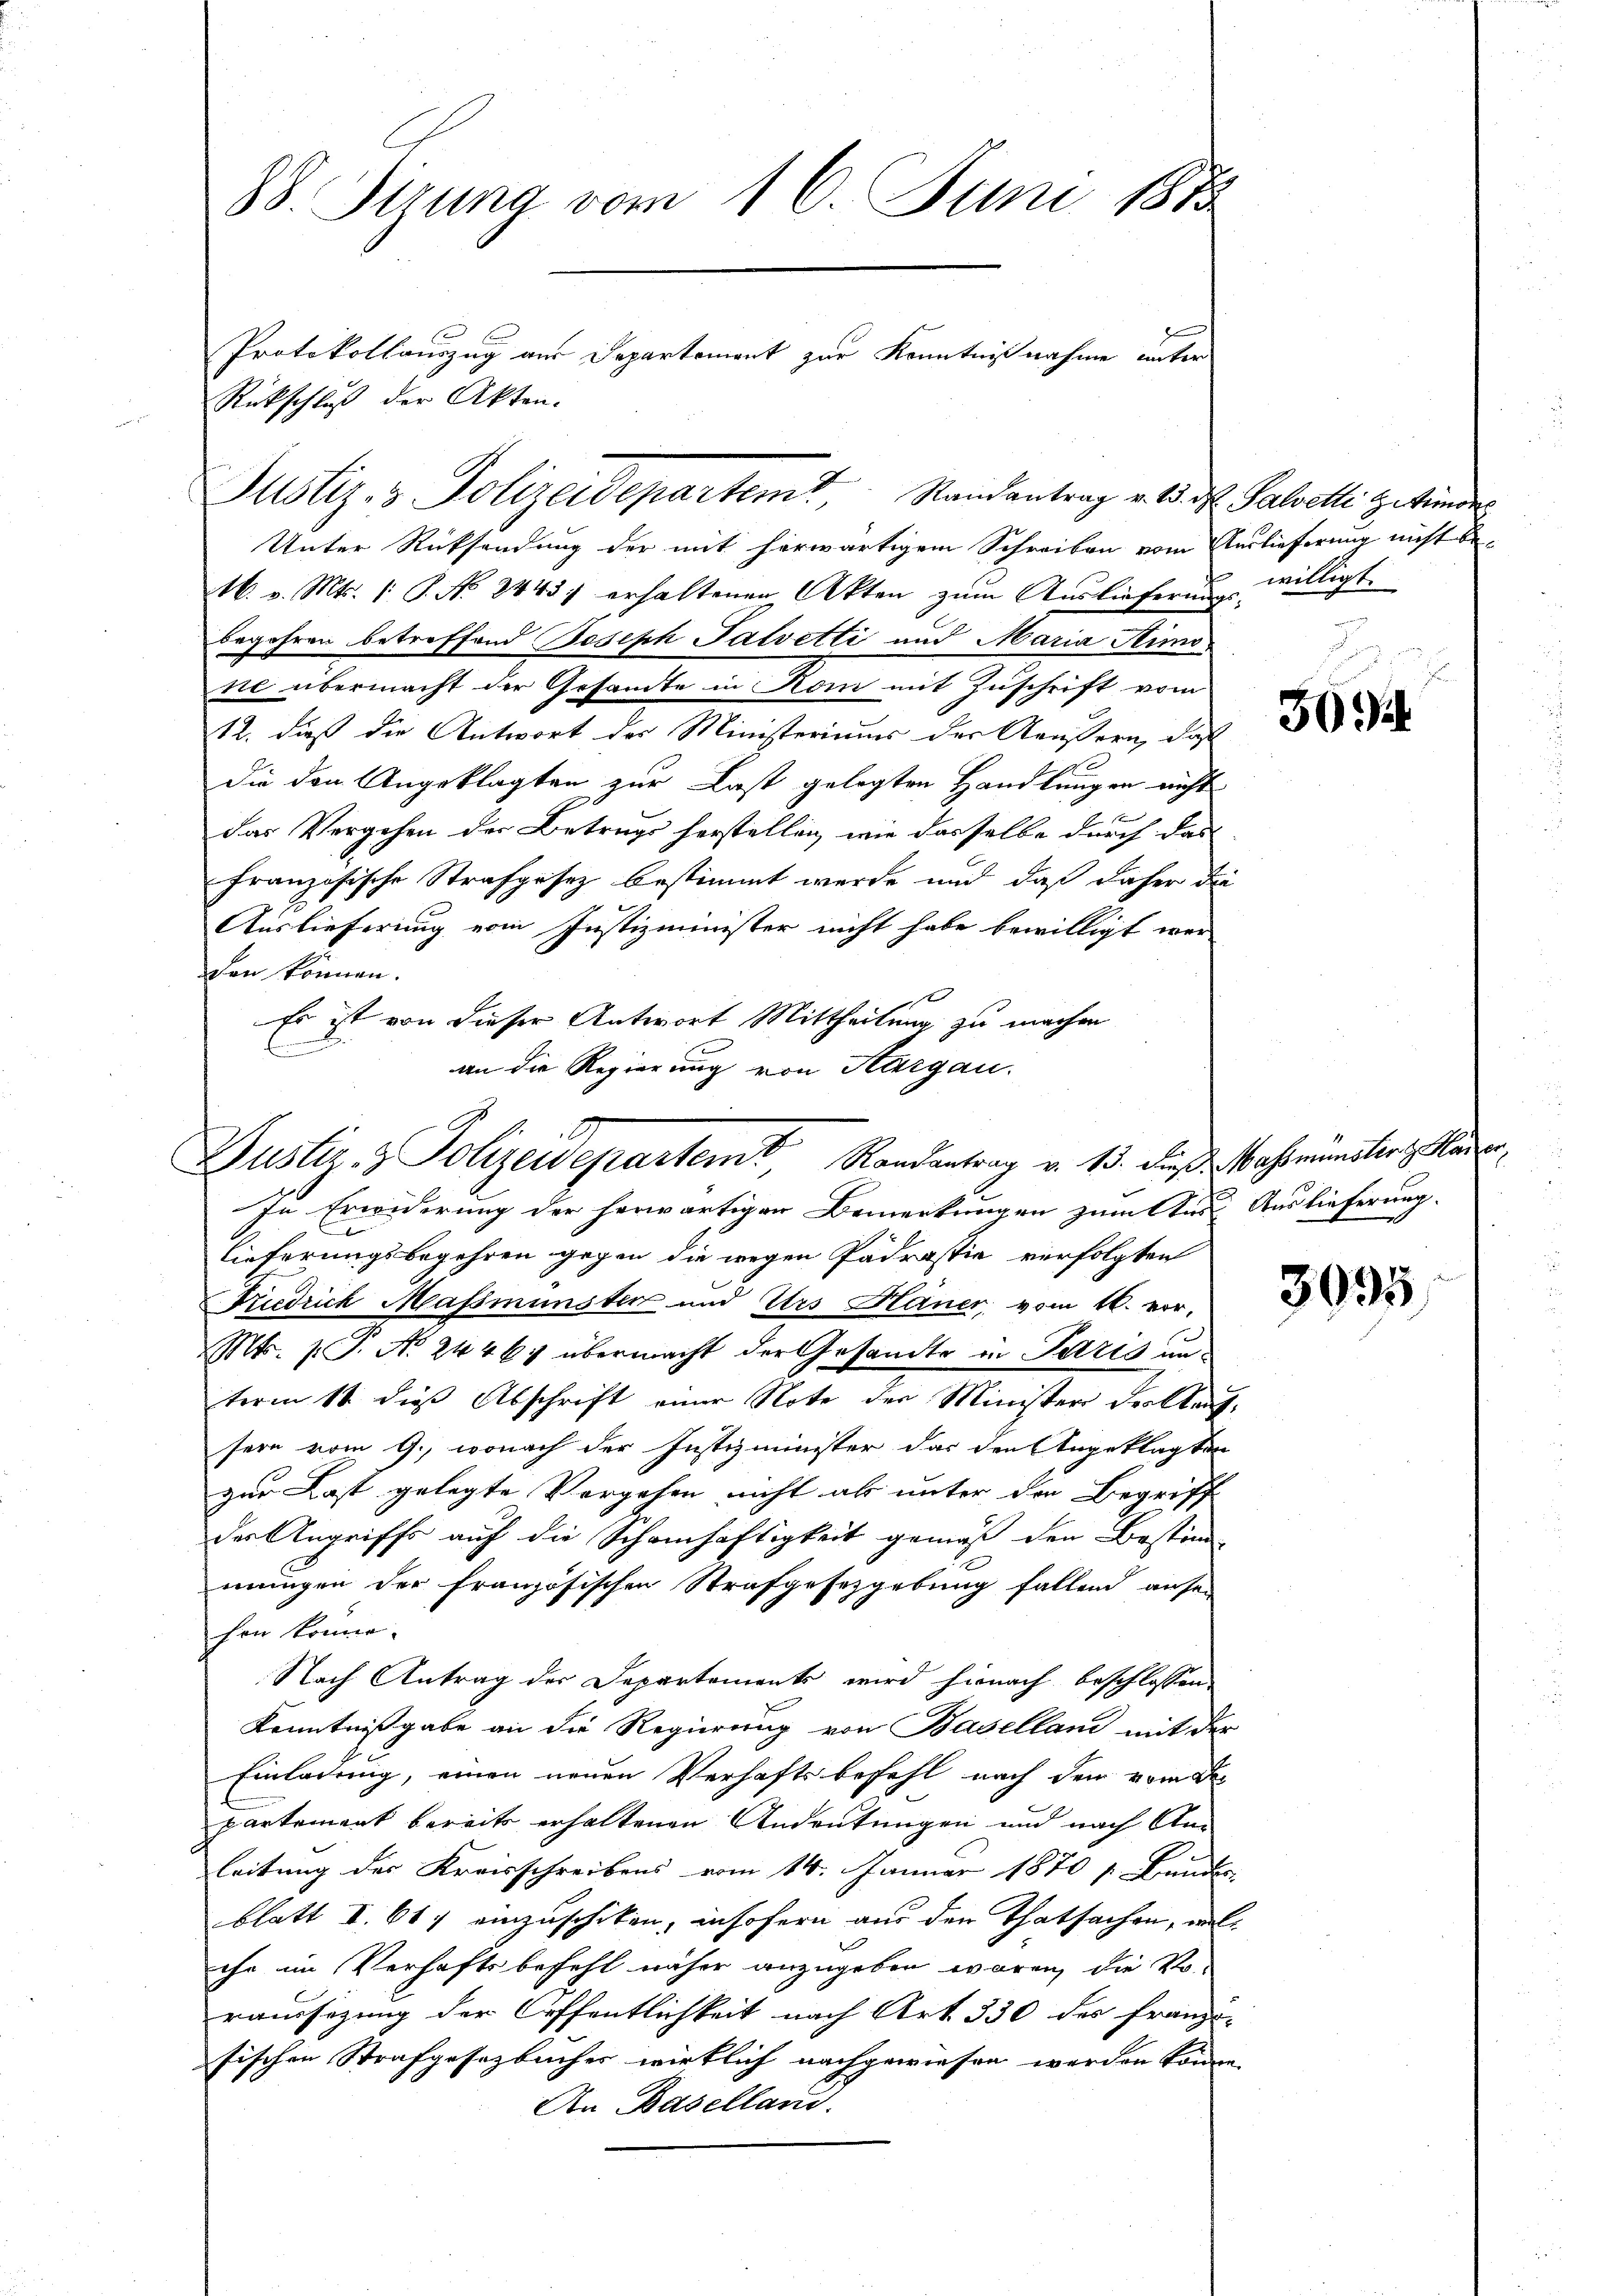
88. Sirung vom 16. Juni 181.
Protokollauszug aus Departement zur Kenntnißnahme unter
Rückschluß der Akten.

Unter Rücksendung der mit herwärtigem Schreiben vom Auslieferung nicht be-
16. v. Mts. 1. P. No. 2443 erhaltenen Akten zŭm Aŭslieferŭng willigt.
begehren betreffend Boseph Palvetti und Maria Stundnie übermacht der Gesamte in Kom mit Zuschrift vom
12. dieß die Antwort der Ministeriums der Aeußern, daß
die den Angeklagten zur Last gelegten Handlungen nicht
f
das Vergehen der Betrugs herstellen, wie dasselbe durch das
französische Strafgesetz bestimmt werde und daß daher da
Auslieferung vom Justizminister nicht habe bewilligt wer
den können.
t
Es ist von dieser Antwort Mittheilung zu machen
n
an die Regierung von Aargau.

Justiz- & Polizeidepartem Randantrag v. 1. d. Salvolli gekünde

Justiz- & Polizeidepartem Randantrag v. 15. Fuß. Nahmenster glau

In Erwiderung der herwärtigen Bemerkungen zum Aus Auslieferung.
lieferungsbegehren gegen die wegen Pädrastia verfolgten
Friedrich Massmünster und Urs Hauer, vom 16. vor-
Mts. p. T. N. 2446; übermacht der Gesandte in Paris unterm 11 dieß Abschrift einer Note der Minister der Kaufsern vom 9., wonach der Justizminister das den Angeklagten
zur Last gelegte Vorgehen nicht als unter den Begriff
des Angriffs auf die Schamhaftigkeit gemäß den Bestim
mungen der französischen Strafgesetzgebung fallend ansen
hen könne.
Nach Antrag der Departements wird hienach beschlossen
Kenntnißgabe an die Regierung von Baselland mit der
Einladung, einen neuen Verhaftsbefehl nach dem vom de
partement bereits erhaltenen Andeutungen und nach Anleitung der Kreisschreibens vom 14. Januar 1870 s. Bunden
blatt I 667 einzuschiken, insofern aus den Thatsachen, welche im Verhaftsbefehl näher anzugeben wären, die Vo
raussizung der Öffentlichkeit nach Art. 330 des französischen Strafgesetzbuches wirklich nachgewiesen werden könne.
An Baselland.

30

3995